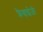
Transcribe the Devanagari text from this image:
फ्रैन्चाईज़ी